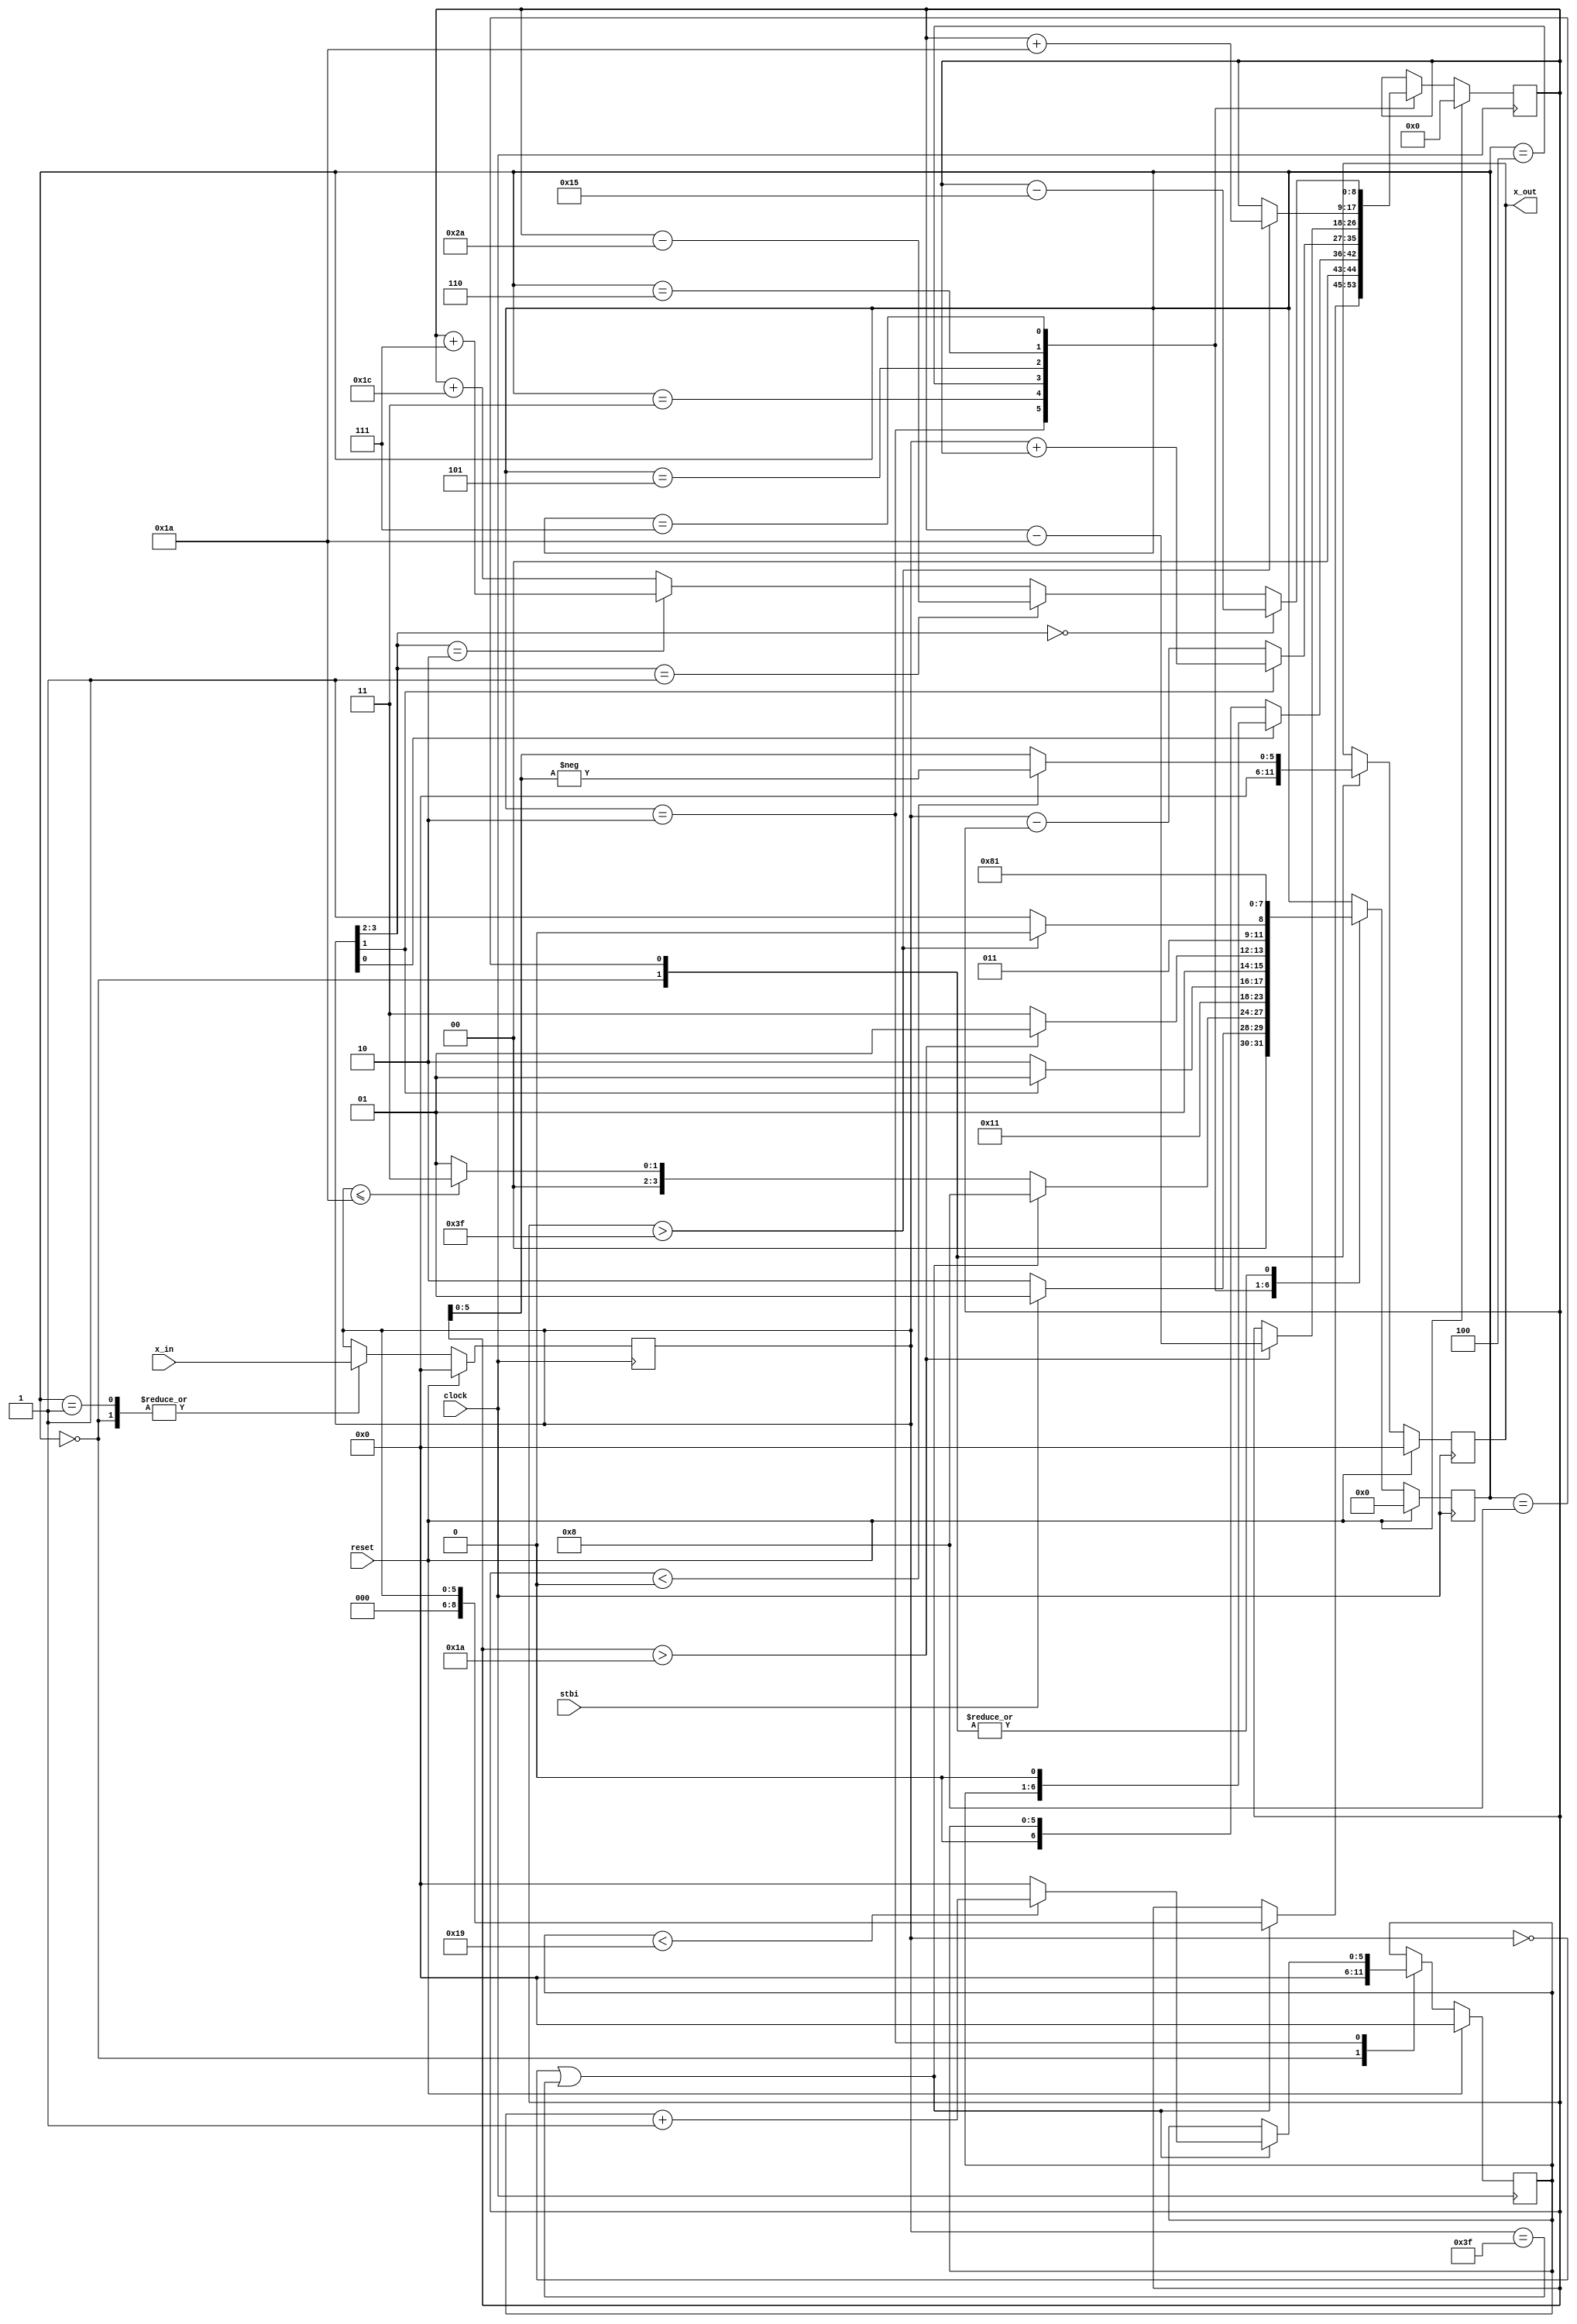
module b11(
		input [5:0] x_in,
		input stbi,
		input clock,
		input reset,
		output reg [5:0] x_out
	);

reg [5:0] r_in ;
reg [3:0] stato ;
reg [5:0] cont ;
wire signed [8:0] cont1_inv;

reg	signed [8:0] cont1 ;

parameter s_reset   = 4'b0000;
parameter s_datain  = 4'b0001;
parameter s_spazio  = 4'b0010;
parameter s_mul     = 4'b0011;
parameter s_somma   = 4'b0100;
parameter s_rsum    = 4'b0101;
parameter s_rsot    = 4'b0110;
parameter s_compl   = 4'b0111;
parameter s_dataout = 4'b1000;

assign cont1_inv = -cont1;

always@(posedge clock)
	if(reset == 1'b1)
		begin
			stato  =  s_reset;
			r_in  =  6'b0;
			cont  =  6'b0;
			cont1  =  9'b0;
			x_out = 6'b0;
		end
	else
		case(stato)
		s_reset:
			begin
				cont = 6'b0;
				r_in = x_in;
				x_out<=6'b0;
				stato = s_datain;
			end
		s_datain:
			begin
				r_in = x_in;
				if(stbi == 1'b1)
					stato = s_datain;
				else
					stato = s_spazio;        
			end
		s_spazio:
			if(r_in == 6'b0 || r_in == 6'b111111)
			begin
				if(cont<6'b11001)
					cont  =  cont+1'b1;
				else
					cont = 6'b0;
				cont1 = {3'b0,r_in};
				stato = s_dataout;
			end
			else if(r_in <= 6'b011010) 
				stato = s_mul;
			else
				stato = s_datain;
		s_mul:
			begin
			if( r_in[0]==1'b1 )
				cont1 = {2'b0 , cont, 1'b0};
			else 
				cont1 = {3'b0,cont};
				
			stato = s_somma;
			end
		s_somma:
			if (r_in[1]==1'b1)
				begin
					cont1 = {3'b0,r_in} + cont1;                                               
					stato = s_rsum;
				end
			else
				begin
					cont1 = {3'b0,r_in} - cont1;
					stato = s_rsot;
				end
		s_rsum:
			if(cont1 > 9'sb011010)
				begin
					cont1 = cont1 - 9'b011010;
					stato = s_rsum;
				end
			else
				stato = s_compl;
		s_rsot:
			if(cont1 > 9'sb111111)
				begin
					cont1 = cont1 + 9'b011010;
					stato = s_rsot;
				end
			else
				stato = s_compl;
				
		s_compl:
			begin
				if ( r_in[3:2] ==2'b00 )
					cont1 = cont1 - 9'b010101;
				else if (r_in[3:2] ==2'b01)
					cont1 = cont1 - 9'b101010;
				else if (r_in[3:2] ==2'b10)
					cont1 = cont1 + 9'b111;
				else
					cont1 = cont1 + 9'b011100;
				stato = s_dataout;
			end
		s_dataout:
			begin
				if (cont1 < 9'sb0 )
					  x_out<= cont1_inv[5:0]; //cont1[5:0];
				else
					  x_out<= cont1[5:0];
				stato = s_datain;
			end
		endcase
endmodule